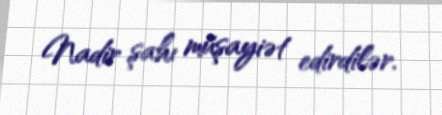
Nadir şahı müşayiət edirdilər.